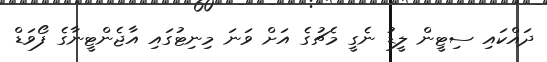
ދައްކައި ސިޓީން ލީޑު ނެގީ މެޗުގެ އަށް ވަނަ މިނިޓުގައި އާޖެންޓީނާގެ ފޯވަޑް